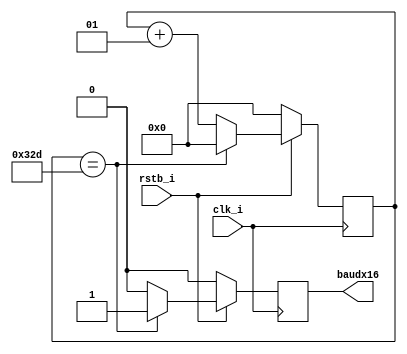
`timescale 1ns / 1ps
//////////////////////////////////////////////////////////////////////////////////
// Company: 
// Engineer: 
// 
// Design Name: 
// Module Name: UART_Receiver_Baud16Generator
//////////////////////////////////////////////////////////////////////////////////

module UART_Receiver_Baud16Generator(
    input		clk_i,		     // 125 MHz clock
    input		rstb_i,		    // reset
    output      reg	baudx16		// baud signal 125MHz / 813 = 153,7 kHz
    );

integer counter = 0;

always @ (posedge clk_i) begin : baud16_generator
	if (!rstb_i) begin
		counter <= 0;
		baudx16 <= 0;
	end else if (counter == 813) begin
		baudx16 <= 1;
		counter <= 0;
	end else begin
		baudx16 <= 0;
		counter <= counter + 1;
	end
end 

endmodule